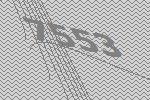
7553